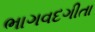
ભાગવદગીતા